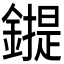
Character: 𰽇